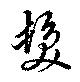
髪